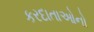
કરદાતાઓનો